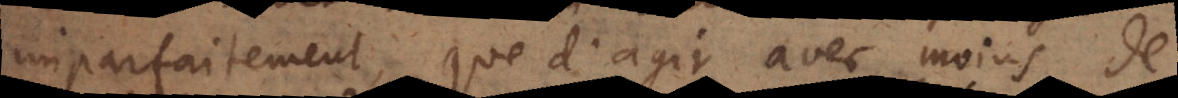
imparfaitement, que d’agir avec moins de